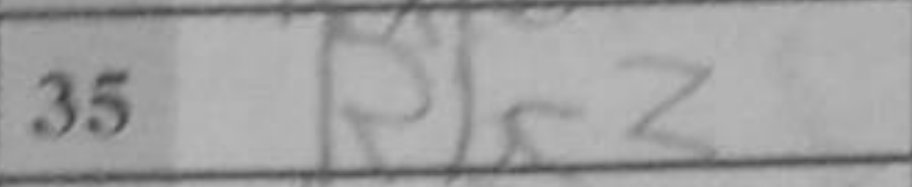
Transcription: Rbc3